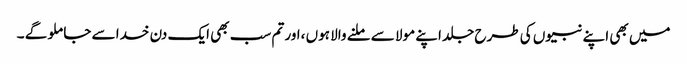
میں بھی اپنے نبیوں کی طرح جلد اپنے مولا سے ملنے والا ہوں ،اور تم سب بھی ایک دن خدا سے جا ملو گے ۔